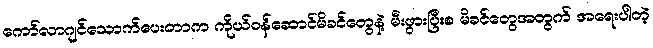
ကော်လာဂျင်သောက်ပေးတာက ကိုယ်ဝန်ဆောင်မိခင်တွေနဲ့ မီးဖွားပြီးစ မိခင်တွေအတွက် အရေးပါတဲ့